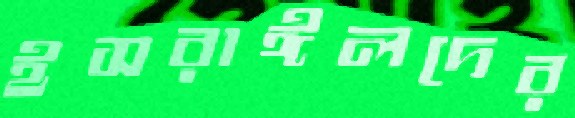
ইসরাঈলদের